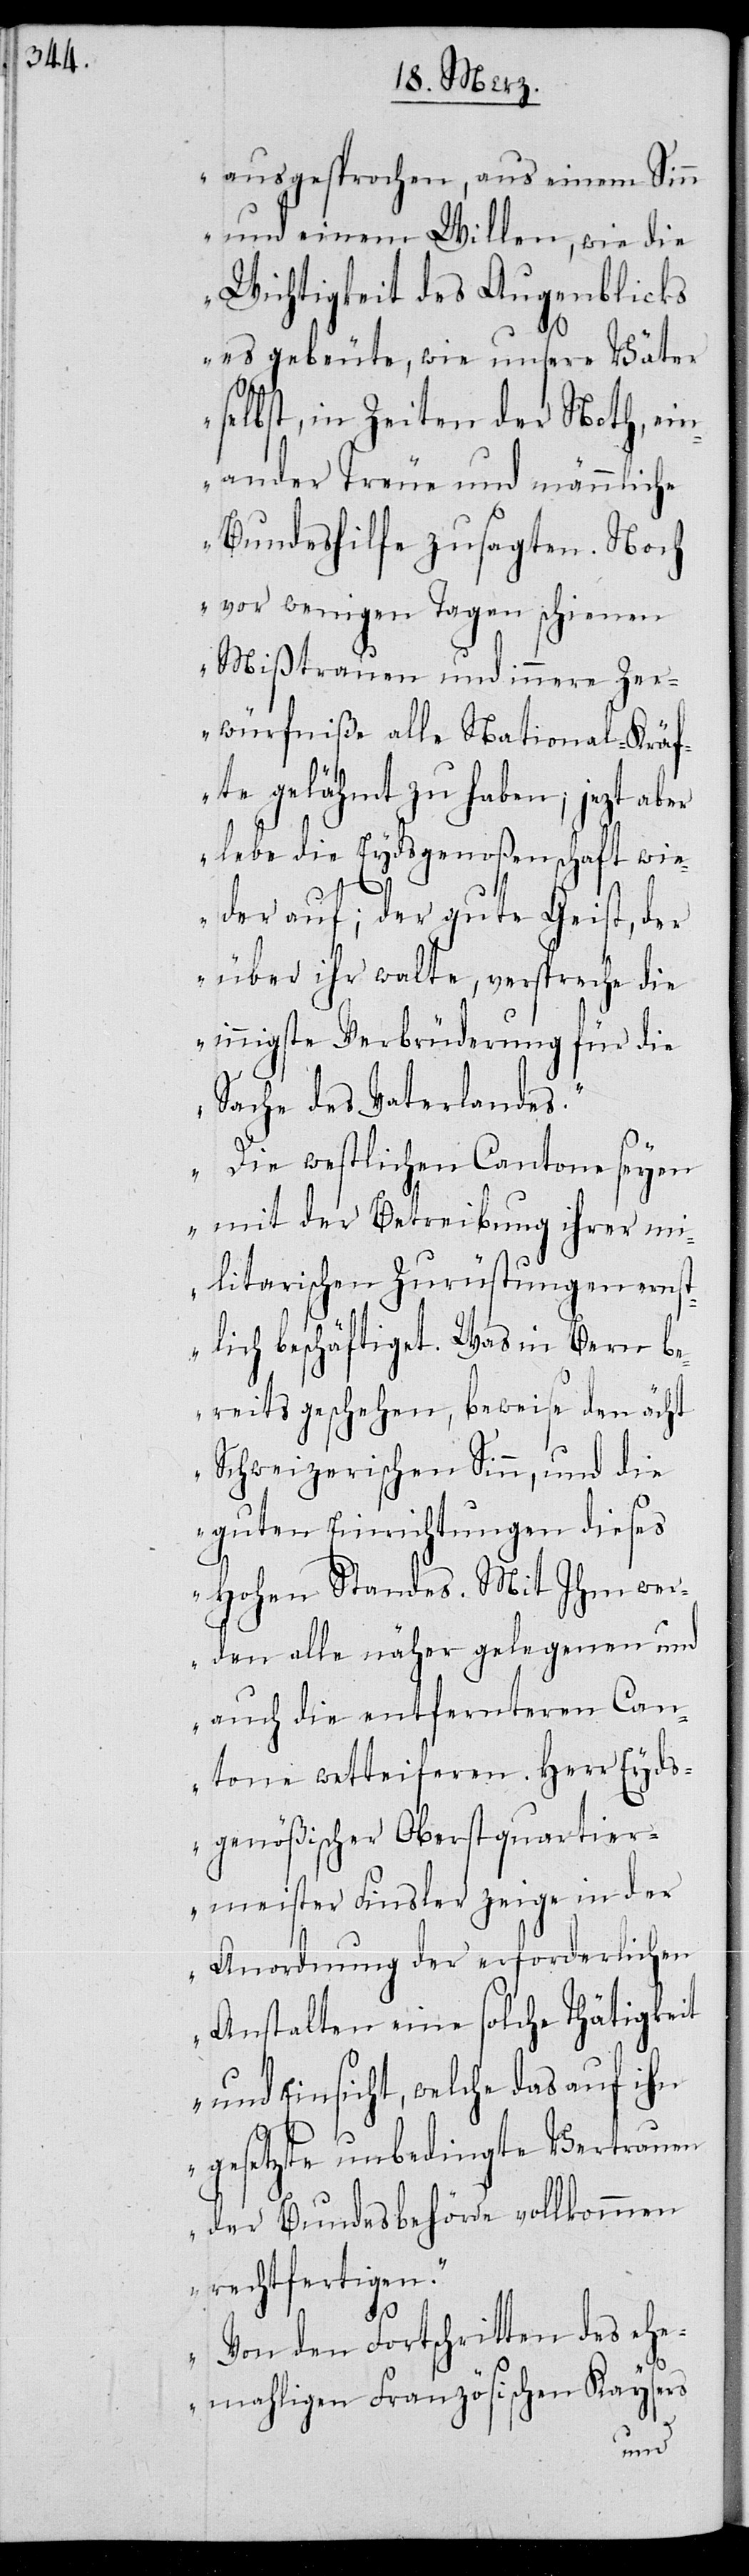
ausgesprochen, aus einem Sinn
und einem Willen, wie die
Wichtigkeit des Augenblicks
es gebeute, wie unsere Väter
selbst, in Zeiten der Noth, ein¬
ander Treüe und männliche
Bundeshilfe zusagten. Noch
vor wenigen Tagen schienen
Mißtrauen und innere Zer¬
würfniße alle National-Kräf¬
te gelähmt zu haben; jezt aber
lebe die Eydsgenoßenschaft wie¬
der auf; der gute Geist, der
über ihr walte, verspreche die
innigste Verbrüderung für die
Sache des Vaterlandes.
Die westlichen Cantone seyen
mit der Betreibung ihrer mi¬
litarischen Zurüstungen ernst¬
lich beschäftiget. Was in Bern be¬
reits geschehen, beweise den ächt
Schweizerischen Sinn, und die
guten Einrichtungen dieses
Hohen Standes. Mit Ihm wer¬
den alle näher gelegenen und
auch die entfernteren Can¬
tone wetteiferen. Herr Eyds¬
genößischer Oberstquartier¬
meister Finsler zeige in der
Anordnung der erforderlichen
Anstalten eine solche Thätigkeit
und Einsicht, welche das auf ihn
gesetzte unbedingte Vertrauen
der Bundesbehörde vollkommen
rechtfertigen.
Von den Fortschritten des eh¬
emaligen Französischen Kaysers